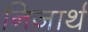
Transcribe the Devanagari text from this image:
निजार्थ